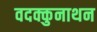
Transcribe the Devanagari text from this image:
वदक्कुनाथन